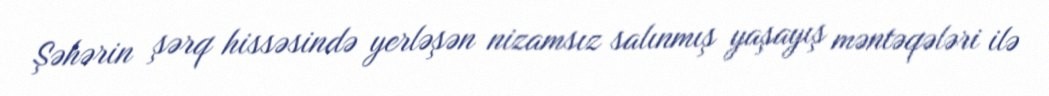
Şəhərin şərq hissəsində yerləşən nizamsız salınmış yaşayış məntəqələri ilə